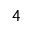
4